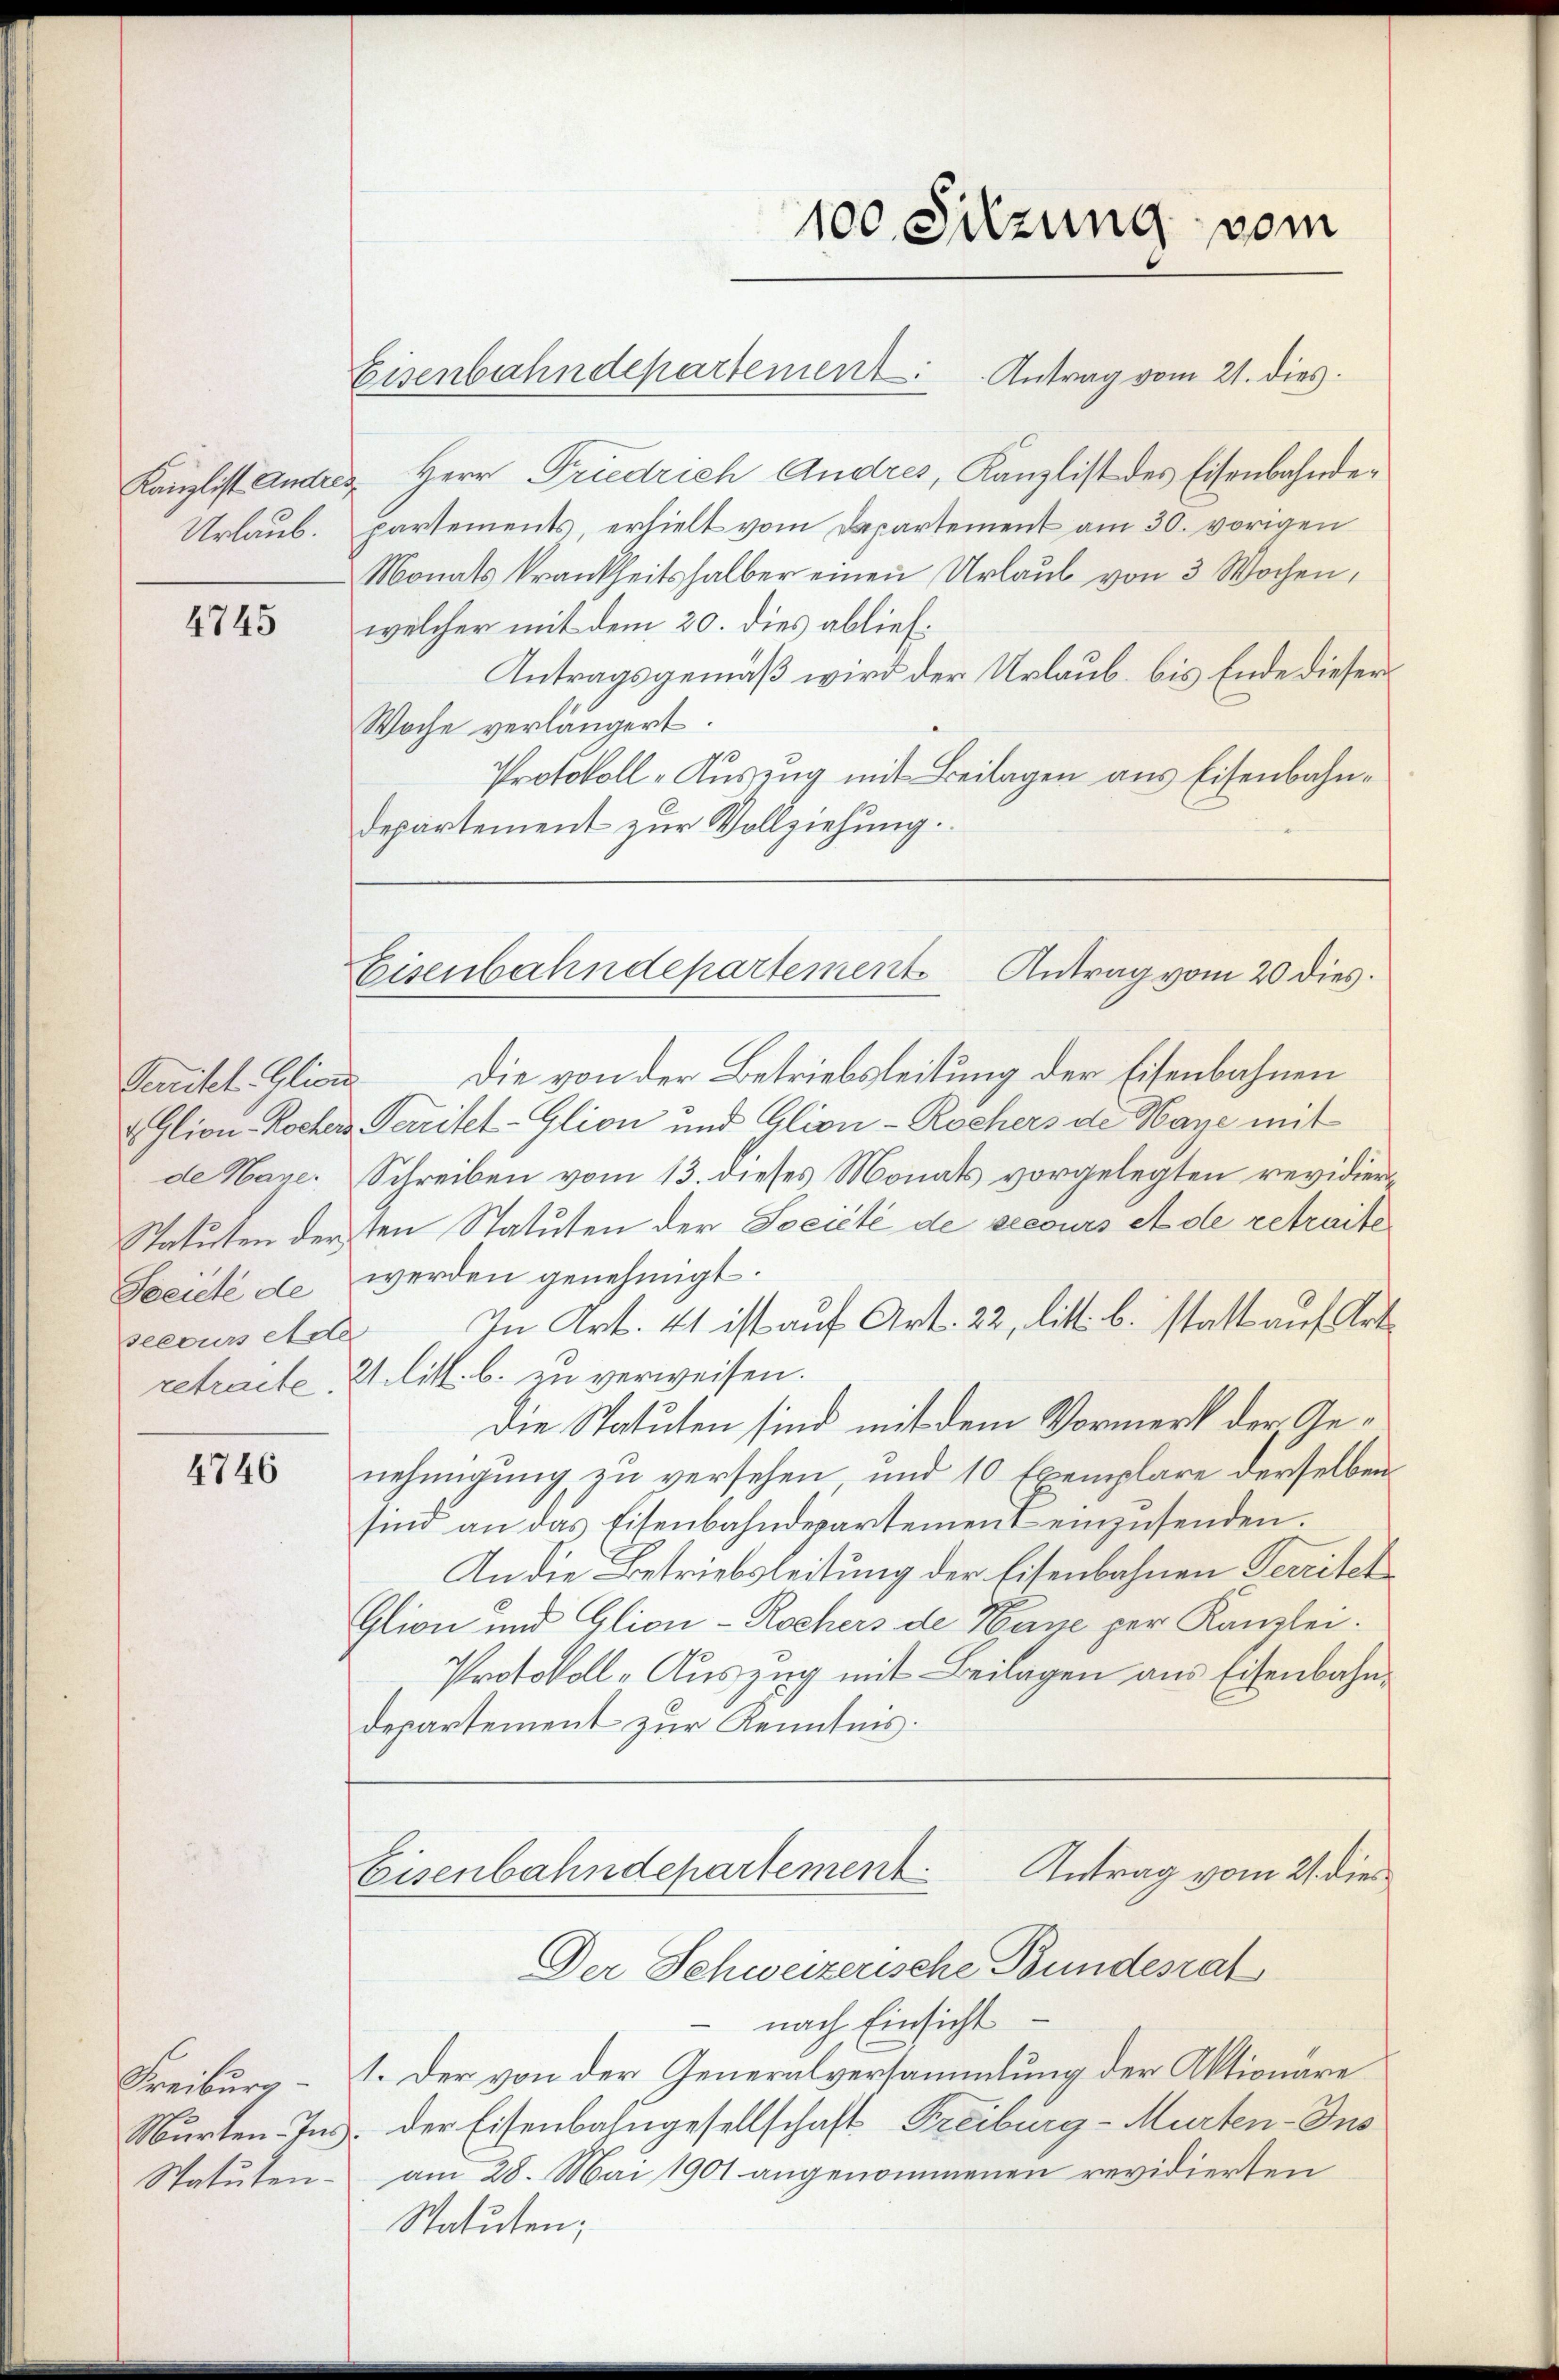
Urlaub.

4745

Glion-Rochers
de Hane.
Statuten der
Seeicte de
seecurs Ade
retracte

4746

Freiburg
Murten Ins
Statuten-

100. Sitzung vom
Eisenbahndepartement
Antrag vom 21. dies

Eisenbahndepartements

Kanzlist Andres Herr Friedrich Andres, Kanzlist des Eisenbahndepartements, erhielt vom Departement am 30. vorigen
Monats krankheitshalber einen Urlaub von 3 Wochen,
welcher mit dem 20. dies ablief.
Antragsgemäß wird der Urlaub bis Ende dieser
Woche verlängert.
Protokoll-Auszug mit Beilagen aus Eisenbahndepartement zur Vollziehung.
Percitel. Glied die von der Betriebsleitung der Eisenbahnen
Territet-Glion und Glion-Rochers de Maye mit
Schreiben vom 13. dieses Monats vorgelegten revidierten Statuten der Société de secours et de retraite
werden genehmigt.
In Art. 41 ist auf Art. 22, litt. b. statt auf Art
21 litt. b. zu verweisen.
Die Statuten sind mit dem Vormerk der Genehmigung zu versehen und 10 Exemplare derselben
sind an das Eisenbahndepartement einzusenden.
An die Betriebsleitung der Eisenbahnen Territet
Glion und Glion-Rochers de Wage per Kanzlei.
Protokoll-Auszug mit Beilagen aus Eisenbahndepartement zur Kenntnis.
Antrag vom 21. dies
Eisenbahndepartement
Der Schweizerische Bundesrat
nach Einsicht
1. Der von der Generalversammlung der Aktionäre
 der Eisenbahngesellschaft Freiburg - Murten-Ins
am 28. Mai 1901 angenommenen revidierten
Statuten;

Antrag vom 20 dies.